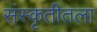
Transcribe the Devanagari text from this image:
संस्कृतीतला